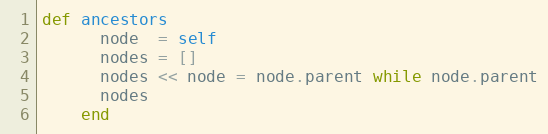
Language: Ruby
def ancestors
      node  = self
      nodes = []
      nodes << node = node.parent while node.parent
      nodes
    end